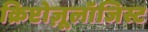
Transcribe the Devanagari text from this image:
क्रिप्टोज़ूलॉजिस्ट